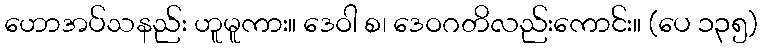
ဟောအပ်သနည်း ဟူမူကား။ ဒေဝါ စ၊ ဒေဝဂတိလည်းကောင်း။ (ပေ ၁၃၅)